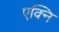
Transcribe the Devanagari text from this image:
एक्नि